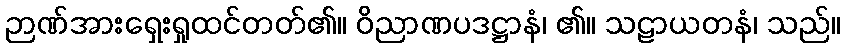
ဉာဏ်အားရှေးရှုထင်တတ်၏။ ဝိညာဏပဒဋ္ဌာနံ၊ ၏။ သဠာယတနံ၊ သည်။